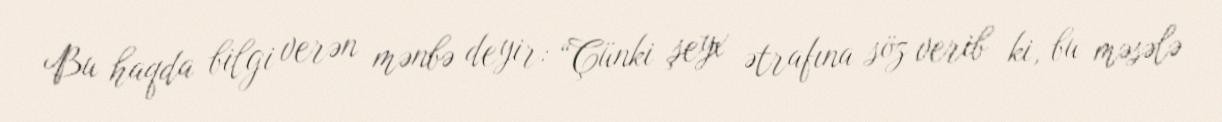
Bu haqda bilgi verən mənbə deyir: “Çünki şeyx ətrafına söz verib ki, bu məsələ